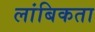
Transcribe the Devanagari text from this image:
लांबिकता